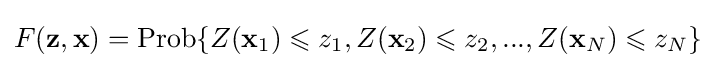
F(\mathbf {z} ,\mathbf {x} )=\operatorname {Prob} \lbrace Z(\mathbf {x} _{1})\leqslant z_{1},Z(\mathbf {x} _{2})\leqslant z_{2},...,Z(\mathbf {x} _{N})\leqslant z_{N}\rbrace